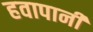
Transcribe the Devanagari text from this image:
हवापानी